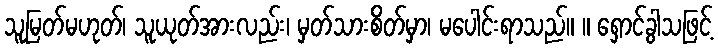
သူမြတ်မဟုတ်၊ သူယုတ်အားလည်း၊ မှတ်သားစိတ်မှာ၊ မပေါင်းရာသည်။ ။ ရှောင်ခွါသဖြင့်